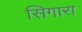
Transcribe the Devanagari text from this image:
सिगारा